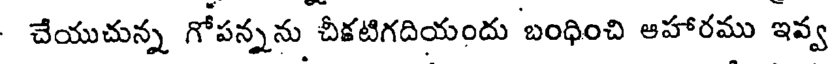
చేయుచున్న గోపన్నను చీకటిగదియందు బంధించి ఆహారము ఇవ్వ